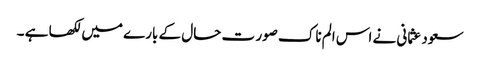
سعود عثمانی نے اس الم ناک صور ت حال کے بارے میں لکھا ہے ۔